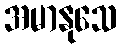
အမာနုသေ